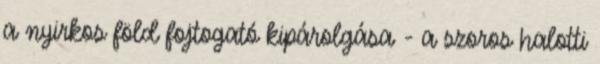
a nyirkos föld fojtogató kipárolgása - a szoros halotti